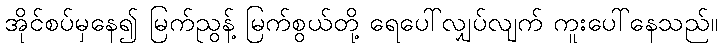
အိုင်စပ်မှနေ၍ မြက်ညွန့် မြက်စွယ်တို့ ရေပေါ်လျှပ်လျက် ကူးပေါ်နေသည်။